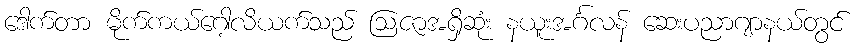
ဒေါက်တာ မိုက်ကယ်ဂေါ့လိယက်သည် ဩဇာအရှိဆုံး နယူးအင်္ဂလန် ဆေးပညာဂျာနယ်တွင်